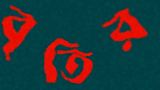
বৃতির